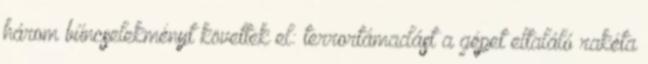
három bűncselekményt követtek el: terrortámadást a gépet eltaláló rakéta